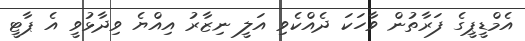
އެމްޑީޕީގެ ފަރާތުން ވާހަކަ ދެއްކެވި އަލީ ނިޒާރު އިއްޔެ ވިދާޅުވީ އެ ޕާޓީ